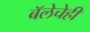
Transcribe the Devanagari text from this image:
बॅलेचेही